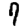
Digit: 7